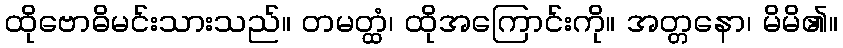
ထိုဗောဓိမင်းသားသည်။ တမတ္ထံ၊ ထိုအကြောင်းကို။ အတ္တနော၊ မိမိ၏။